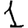
Digit: 1